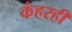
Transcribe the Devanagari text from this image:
कंहरही